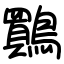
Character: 鷶